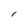
Character: I